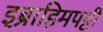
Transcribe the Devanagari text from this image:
इब्राहिमपट्टी